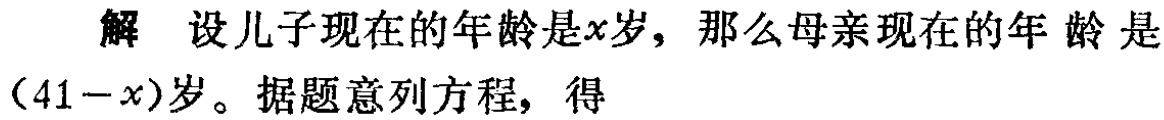
解 设儿子现在的年龄是\(x\)岁，那么母亲现在的年 龄 是\((41 - x)\)岁。据题意列方程，得